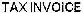
TAX INVOICE